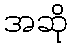
အဆို